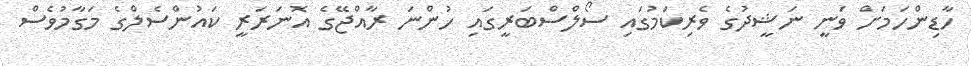
ހާޑިންހަމަށް ވަނީ ނަޝީދުގެ ވެރިކަމުގައި ސޯލްސްބަރީގައި ހުންނަ ރާއްޖޭގެ އޮނަރަރީ ކައުންސެލްގެ މަގާމުވެސް